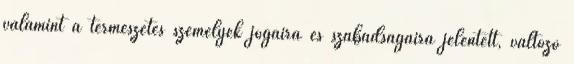
valamint a természetes személyek jogaira és szabadságaira jelentett, változó